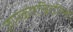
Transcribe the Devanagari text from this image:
ज्ञानकोशब्रिटानिका